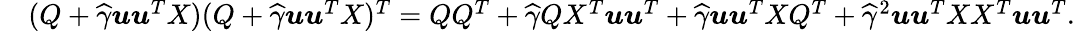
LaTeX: \begin{array}{rl}&{(Q+\widehat\gamma{\boldsymbol u}{\boldsymbol u}^{T}X)(Q+\widehat\gamma{\boldsymbol u}{\boldsymbol u}^{T}X)^{T}=QQ^{T}+\widehat\gamma QX^{T}{\boldsymbol u}{\boldsymbol u}^{T}+\widehat\gamma{\boldsymbol u}{\boldsymbol u}^{T}XQ^{T}+\widehat\gamma^{2}{\boldsymbol u}{\boldsymbol u}^{T}XX^{T}{\boldsymbol u}{\boldsymbol u}^{T}.}\end{array}